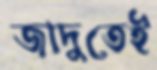
জাদুতেই